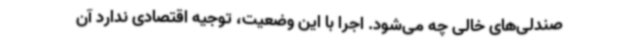
صندلی‌های خالی چه می‌شود. اجرا با این وضعیت، توجیه اقتصادی ندارد آن